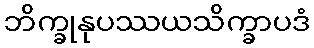
ဘိက္ခုနုပဿယသိက္ခာပဒံ